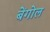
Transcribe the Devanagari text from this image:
बेंगोल